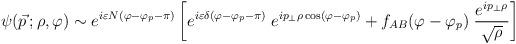
LaTeX: \begin{align*}\psi (\vec{p}\,;\rho,\varphi)\sim e^{i\varepsilon N(\varphi-\varphi_p-\pi)} \left[e^{i\varepsilon \delta (\varphi-\varphi_p-\pi)}\; e^{ip_\perp\rho\cos(\varphi-\varphi_p)} + f_{AB} (\varphi -\varphi_p)\; {e^{ip_\perp\rho}\over \sqrt{\rho}}\right]\end{align*}